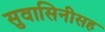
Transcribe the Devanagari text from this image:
सुवासिनीसह